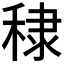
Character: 𥟤